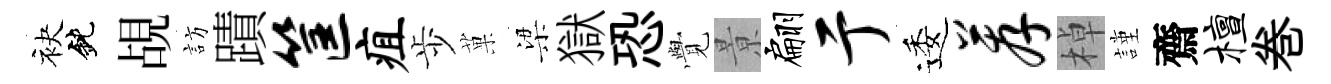
袂鈍覘訪蹟筐疽歩菓梁獄恐𮗜㬌翩亍逶荐棹謹齋檀巻